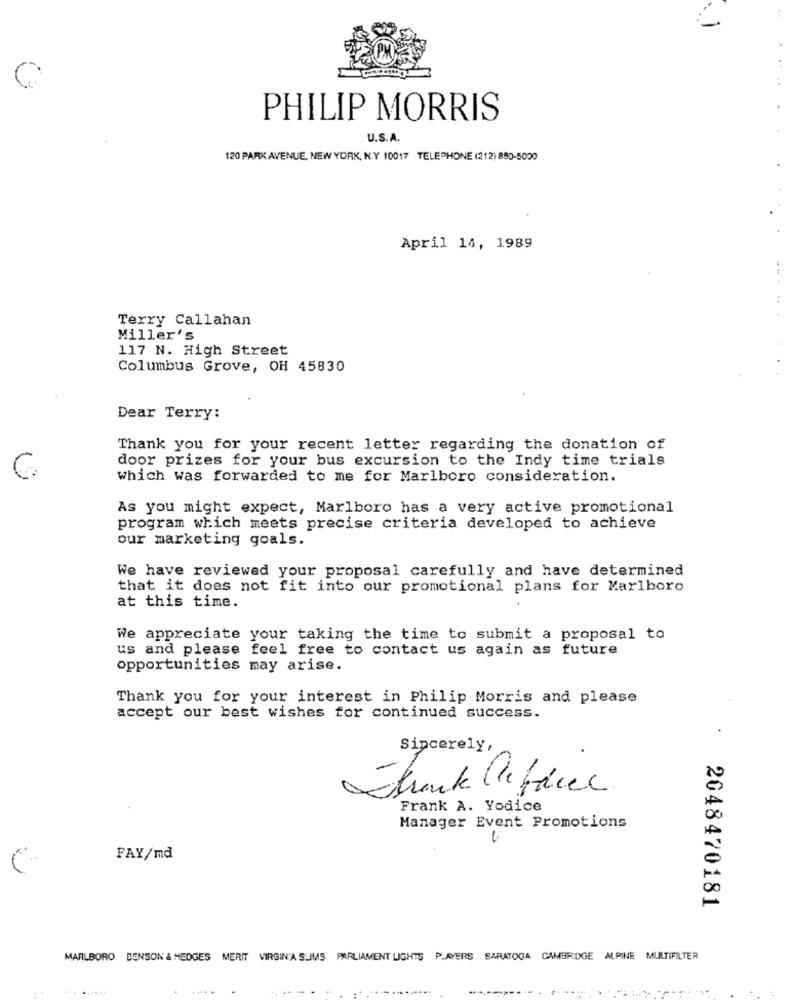
PHILIP MORRIS
U.S.A.
120 PARK AVENUE, NEW YORK, N.Y 10017 TELEPHONE (212) 880-5000
April 14, 1989
Terry Callahan
Miller's
117 N. High Street
Columbus Grove, OH 45830
Dear Terry:
Thank you for your recent letter regarding the donation of
door prizes for your bus excursion to the Indy time trials
which was forwarded to me for Marlboro consideration.
As you might expect, Marlboro has a very active promotional
program which meets precise criteria developed to achieve
our marketing goals.
We have reviewed your proposal carefully and have determined
that it does not fit into our promotional plans for Marlboro
at this time.
We appreciate your taking the time to submit a proposal to
us and please feel free to contact us again as future
opportunities may arise.
Thank you for your interest in Philip Morris and please
accept our best wishes for continued success.
Sincerely,
Thank Difices
Frank A. Yodice
Manager Event Promotions
FAY/md
2048470181
MARLBORO BENSON & HEDGES MERIT VIRGIN'A SUMS PARLIAMENT LIGHTS PLAYERS BARATOGA CAMBRIDGE ALPINE MULTIFILTER